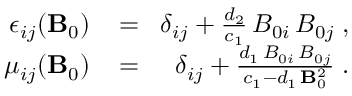
\begin{array} { r l r } { \epsilon _ { i j } ( { \bf B } _ { 0 } ) \! } & { { } = } & { \! \delta _ { i j } + \frac { d _ { 2 } } { c _ { 1 } } \, B _ { 0 i } \, B _ { 0 j } \; , } \\ { \mu _ { i j } ( { \bf B } _ { 0 } ) \! } & { { } = } & { \! \delta _ { i j } + \frac { d _ { 1 } \, B _ { 0 i } \, B _ { 0 j } } { c _ { 1 } - d _ { 1 } \, { \bf B } _ { 0 } ^ { 2 } } \; . } \end{array}